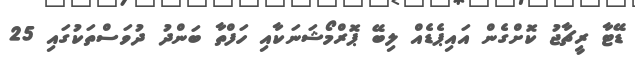
ޑޭޓާ ރީޗާޖު ކޮށްގެން އައިޕެޑެއް ލިބޭ ޕޮރްމޯޝަނަކާއި ހަފްތާ ބަންދު ދުވަސްތަކުގައި 25